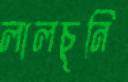
লালচুনি